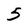
Character: 5